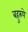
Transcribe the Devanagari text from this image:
बहुरुपे